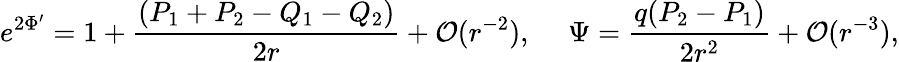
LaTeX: e^{2\Phi^{\prime}}=1+{\frac{(P_{1}+P_{2}-Q_{1}-Q_{2})}{2r}}+{\cal O}(r^{-2}),\ \ \ \ \ \Psi={\frac{q(P_{2}-P_{1})}{2r^{2}}}+{\cal O}(r^{-3}),